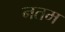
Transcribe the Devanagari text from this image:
नतम